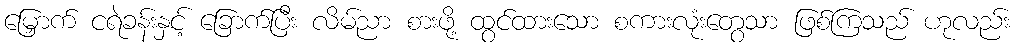
မြှောက် ငရဲခန်းနှင့် ခြောက်ပြီး လိမ်ညာ စားဖို့ ထွင်ထားသော စကားလုံးတွေသာ ဖြစ်ကြသည် ဟုလည်း